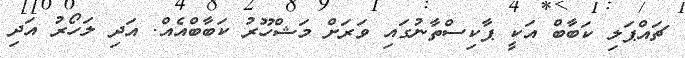
ޗައްޕަލި ކަބާބް އަކީ ޕާކިސްތާނުގައި ވަރަށް މަޝްހޫރު ކަބާބްއެއް. އަދި ލަހޯރު އަދި